Plague in India, 1896, 1897 - Volume 3
Year: 1896
Disease focus: Plague
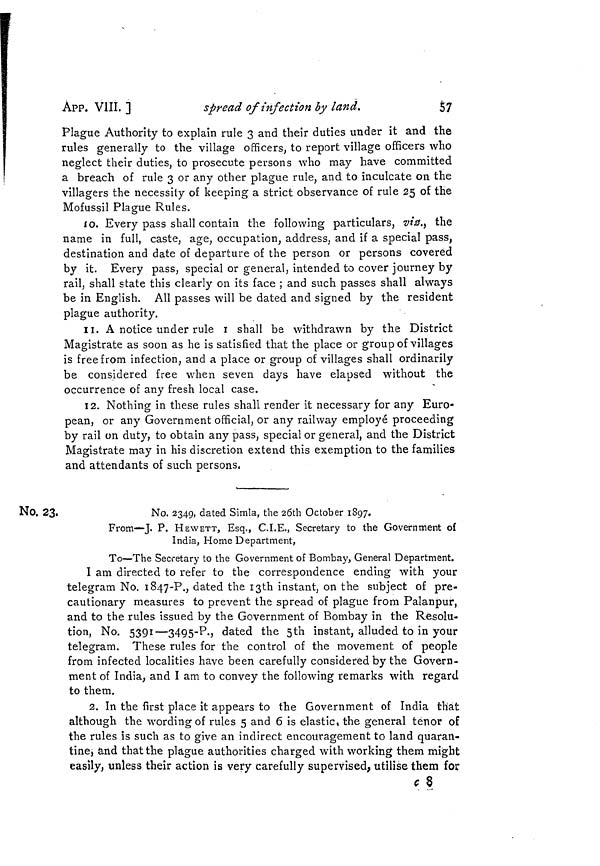
APP. VIII. ]
spread of infection by land.
37
Plague Authority to explain rule 3 and their duties under it and the
rules generally to the village officers, to report village officers who
neglect their duties, to prosecute persons who may have committed
a breach of rule 3 or any other plague rule, and to inculcate on the
villagers the necessity of keeping a strict observance of rule 25 of the
Mofussil Plague Rules.
o
10. Every pass shall contain the following particulars, viz., the
name in full, caste, age, occupation, address, and if a special pass,
destination and date of departure of the person or persons covered
by it. Every pass, special or general, intended to cover journey by
rail, shall state this clearly on its face ; and such passes shall always
be in English. All passes will be dated and signed by the resident
plague authority.
11. A notice under rule I shall be withdrawn by the District
Magistrate as soon as he is satisfied that the place or group of villages
is free from infection, and a place or group of villages shall ordinarily
be considered free when seven days have elapsed without the
occurrence of any fresh local case.
12. Nothing in these rules shall render it necessary for any Euro-
pean, or any Government officiai, or any railway employé proceeding
by rail on duty, to obtain any pass, special or general, and the District
Magistrate may in his discretion extend this exemption to the families
and attendants of such persons,
No. 23.
No. 2349, dated Simla, the 26th October 1897.
From—J. P. HEWETT, Esq., C.I.E., Secretary to the Government of
India, Home Department,
To—The Secretary to the Government of Bombay, General Department.
I am directed to refer to the correspondence ending with your
telegram No. 1847-P., dated the 13th instant, on the subject of pre-
cautionary measures to prevent the spread of plague from Palanpur,
and to the rules issued by the Government of Bombay in the Resolu-
tion, No. 5391—3495-P., dated the 5th instant, alluded to in your
telegram. These rules for the control of the movement of people
from infected localities have been carefully considered by the Govern-
ment of India, and I am to convey the following remarks with regard
to them.
2. In the first place it appears to the Government of India that
although the wording of rules 5 and 6 is elastic, the general tenor of
the rules is such as to give an indirect encouragement to land quaran-
tine, and that the plague authorities charged with working them might
easily, unless their action is very carefully supervised, utilise them for.
c 8